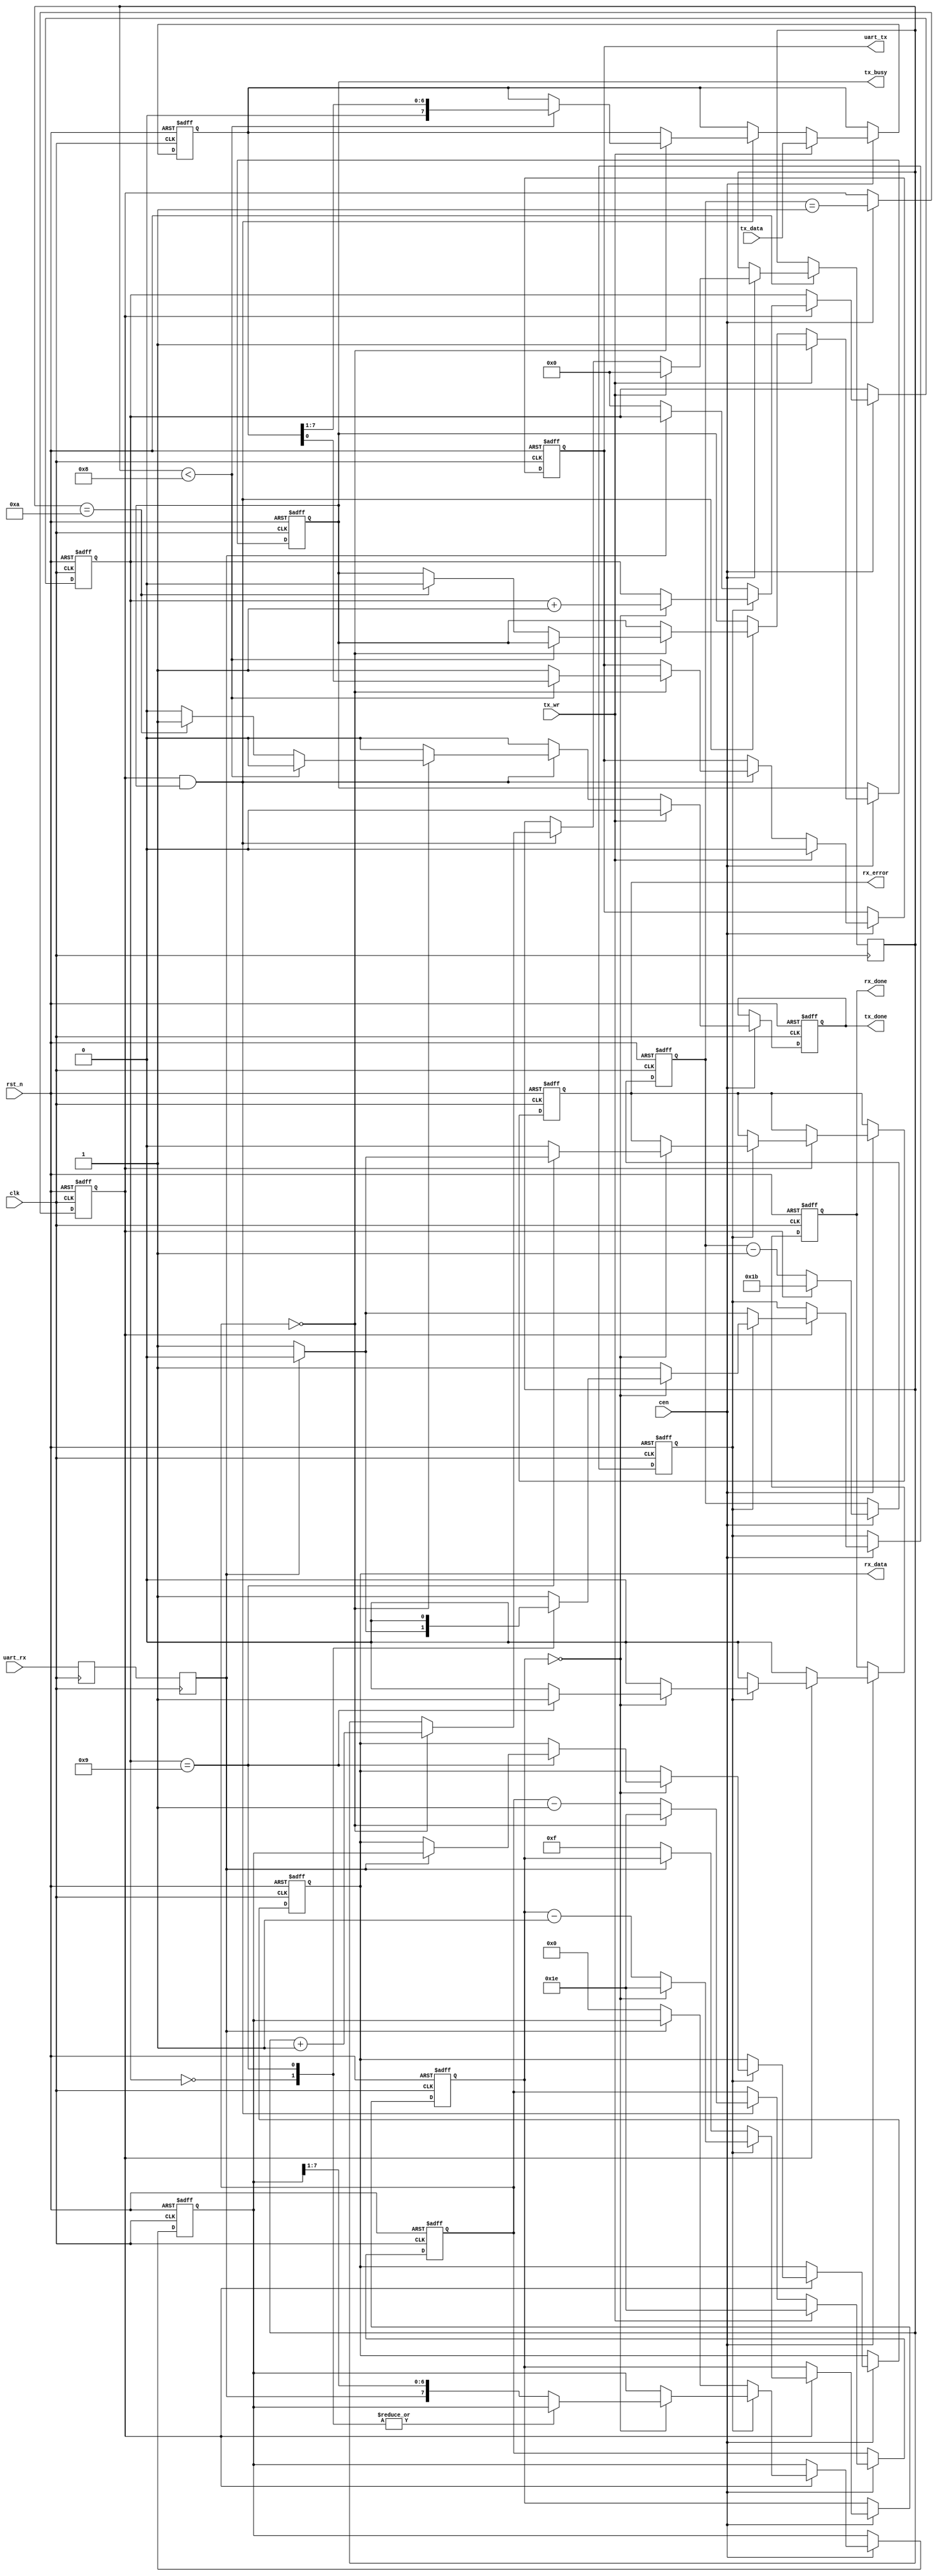
/*
  
   Multicore 2 / Multicore 2+
  
   Copyright (c) 2017-2020 - Victor Trucco

  
   All rights reserved
  
   Redistribution and use in source and synthezised forms, with or without
   modification, are permitted provided that the following conditions are met:
  
   Redistributions of source code must retain the above copyright notice,
   this list of conditions and the following disclaimer.
  
   Redistributions in synthesized form must reproduce the above copyright
   notice, this list of conditions and the following disclaimer in the
   documentation and/or other materials provided with the distribution.
  
   Neither the name of the author nor the names of other contributors may
   be used to endorse or promote products derived from this software without
   specific prior written permission.
  
   THIS CODE IS PROVIDED BY THE COPYRIGHT HOLDERS AND CONTRIBUTORS "AS IS"
   AND ANY EXPRESS OR IMPLIED WARRANTIES, INCLUDING, BUT NOT LIMITED TO,
   THE IMPLIED WARRANTIES OF MERCHANTABILITY AND FITNESS FOR A PARTICULAR
   PURPOSE ARE DISCLAIMED. IN NO EVENT SHALL THE AUTHOR OR CONTRIBUTORS BE
   LIABLE FOR ANY DIRECT, INDIRECT, INCIDENTAL, SPECIAL, EXEMPLARY, OR
   CONSEQUENTIAL DAMAGES (INCLUDING, BUT NOT LIMITED TO, PROCUREMENT OF
   SUBSTITUTE GOODS OR SERVICES; LOSS OF USE, DATA, OR PROFITS; OR BUSINESS
   INTERRUPTION) HOWEVER CAUSED AND ON ANY THEORY OF LIABILITY, WHETHER IN
   CONTRACT, STRICT LIABILITY, OR TORT (INCLUDING NEGLIGENCE OR OTHERWISE)
   ARISING IN ANY WAY OUT OF THE USE OF THIS SOFTWARE, EVEN IF ADVISED OF THE
   POSSIBILITY OF SUCH DAMAGE.
  
   You are responsible for any legal issues arising from your use of this code.
  
*//*  This file is part of JTFRAME.
    JTFRAME program is free software: you can redistribute it and/or modify
    it under the terms of the GNU General Public License as published by
    the Free Software Foundation, either version 3 of the License, or
    (at your option) any later version.

    JTFRAME program is distributed in the hope that it will be useful,
    but WITHOUT ANY WARRANTY; without even the implied warranty of
    MERCHANTABILITY or FITNESS FOR A PARTICULAR PURPOSE.  See the
    GNU General Public License for more details.

    You should have received a copy of the GNU General Public License
    along with JTFRAME.  If not, see <http://www.gnu.org/licenses/>.

    Author: Jose Tejada Gomez. Twitter: @topapate
    Version: 1.0
    Date: 24-4-2019 

    Originally based on a file from:
        Milkymist VJ SoC, Sebastien Bourdeauducq and Das Labor
*/

`timescale 1ns/1ps

module jtframe_uart(
    input            rst_n,
    input            clk,
    input            cen,
    // serial wires
    input            uart_rx,
    output reg       uart_tx, // serial signal to transmit. High when idle
    // Rx interface 
    output reg [7:0] rx_data,
    output reg       rx_done,
    output reg       rx_error,
    // Tx interface
    output reg       tx_done,
    output reg       tx_busy,
    input      [7:0] tx_data,
    input            tx_wr      // write strobe
);

/* Division of the system clock
        For a 50MHz system clock use:
            clk_div = 28, uart_div = 30 ->  57kbps, 0.01% timing error      
            clk_div = 14, uart_div = 30 -> 115kbps, 0.01% timing error
            clk_div =  7, uart_div = 30 -> 230kbps, 0.01% timing error
    */
parameter CLK_DIVIDER  = 5'd28;
parameter UART_DIVIDER = 5'd30; // number of divisions of the UART bit period

wire [4:0] clk_div  = CLK_DIVIDER;
wire [4:0] uart_div = UART_DIVIDER;

//-----------------------------------------------------------------
// zero generator... this is actually a 32-module counter
//-----------------------------------------------------------------
reg  [4:0] clk_cnt;
reg zero;

always @(posedge clk or negedge rst_n) begin : clock_divider
    if(!rst_n) begin
        clk_cnt <= clk_div - 5'b1;
        zero    <= 1'b0;
    end else if(cen) begin
        clk_cnt <= clk_cnt - 5'd1;
        zero <= clk_cnt==5'd1;
        if(zero)
            clk_cnt <= clk_div - 5'b1;  // reload the divider value
    end
end

//-----------------------------------------------------------------
// Synchronize uart_rx
//-----------------------------------------------------------------
reg uart_rx1;
reg uart_rx2;

always @(posedge clk) begin : synchronizer
    uart_rx1 <= uart_rx;
    uart_rx2 <= uart_rx1;
end

//-----------------------------------------------------------------
// UART RX Logic
//-----------------------------------------------------------------
reg rx_busy;
reg [4:0] rx_divcnt;
reg [3:0] rx_bitcnt;
reg [7:0] rx_reg;

always @(posedge clk or negedge rst_n) begin : rx_logic
    if(!rst_n) begin
        rx_done      <= 1'b0;
        rx_busy      <= 1'b0;
        rx_divcnt    <= 5'd0;
        rx_bitcnt    <= 4'd0;
        rx_data      <= 8'd0;
        rx_reg       <= 8'd0;
        rx_error     <= 1'b0;
    end else if(cen) begin
        rx_done      <= 1'b0;
        
        if(zero) begin
            if(!rx_busy) begin // look for start bit
                if(!uart_rx2) begin // start bit found
                    rx_busy    <= 1'b1;
                    rx_divcnt  <= { 1'b0, uart_div[4:1] }; // middle bit period
                    rx_bitcnt  <= 4'd0;
                    rx_reg     <= 8'h0;
                end
            end else begin
                if( !rx_divcnt ) begin // sample
                    rx_bitcnt  <= rx_bitcnt + 4'd1;
                    rx_divcnt  <= uart_div;    // start to count down from top again
                    rx_error   <= 1'b0;
                    case( rx_bitcnt )
                        4'd0: // verify startbit
                            if(uart_rx2)
                                rx_busy <= 1'b0;
                        4'd9: begin // stop bit
                            rx_busy <= 1'b0;
                            if(uart_rx2) begin // stop bit ok
                                rx_data <= rx_reg;
                                rx_done <= 1'b1;    
                            end else begin // RX error
                                rx_done  <= 1'b1;
                                rx_error <= 1'b1;
                                end
                            end
                            default: // shift data in
                                rx_reg <= {uart_rx2, rx_reg[7:1]};
                    endcase
                end
                else rx_divcnt <= rx_divcnt - 1'b1;
            end
        end
    end
end

//-----------------------------------------------------------------
// UART TX Logic
//-----------------------------------------------------------------
reg [3:0] tx_bitcnt;
reg [4:0] tx_divcnt;
reg [7:0] tx_reg;

always @(posedge clk or negedge rst_n) begin :tx_logic
    if(!rst_n) begin
        tx_done   <= 'b0;
        tx_busy   <= 'b0;
        uart_tx   <= 'b1;
        tx_divcnt <= 'b0;
        tx_reg    <= 'b0;
    end else if(cen) begin
        tx_done <= 1'b0;
        if(tx_wr) begin
            tx_reg    <= tx_data;
            tx_bitcnt <= 4'd0;
            tx_divcnt <= uart_div;
            tx_busy   <= 1'b1;
            uart_tx   <= 1'b0;
        end else if(zero && tx_busy) begin

            if( !tx_divcnt ) begin
                tx_bitcnt <= tx_bitcnt + 4'd1;
                tx_divcnt <= uart_div;    // start to count down from top again
                if( tx_bitcnt < 4'd8 ) begin
                        uart_tx <= tx_reg[0];
                        tx_reg  <= {1'b0, tx_reg[7:1]};
                        end
                else begin
                    uart_tx <= 1'b1; // 8 bits sent, now 1 or more stop bits
                    if( tx_bitcnt==4'd10 ) begin
                        tx_busy <= 1'b0;
                        tx_done <= 1'b1;
                    end
                end
            end
            else tx_divcnt  <= tx_divcnt - 1'b1;
        end
    end
end

endmodule